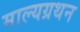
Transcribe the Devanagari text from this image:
माल्यग्रथन